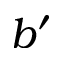
b ^ { \prime }